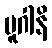
ပူဂါနိ